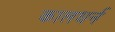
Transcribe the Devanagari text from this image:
कालधर्न